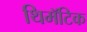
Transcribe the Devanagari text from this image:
थिमॅटिक